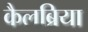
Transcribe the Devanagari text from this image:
कैलब्रिया